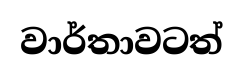
වාර්තාවටත්